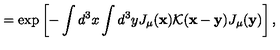
= \exp \left[ - \int d ^ { 3 } x \int d ^ { 3 } y J _ { \mu } ( { \bf x } ) { \cal K } ( { \bf x } - { \bf y } ) J _ { \mu } ( { \bf y } ) \right] ,